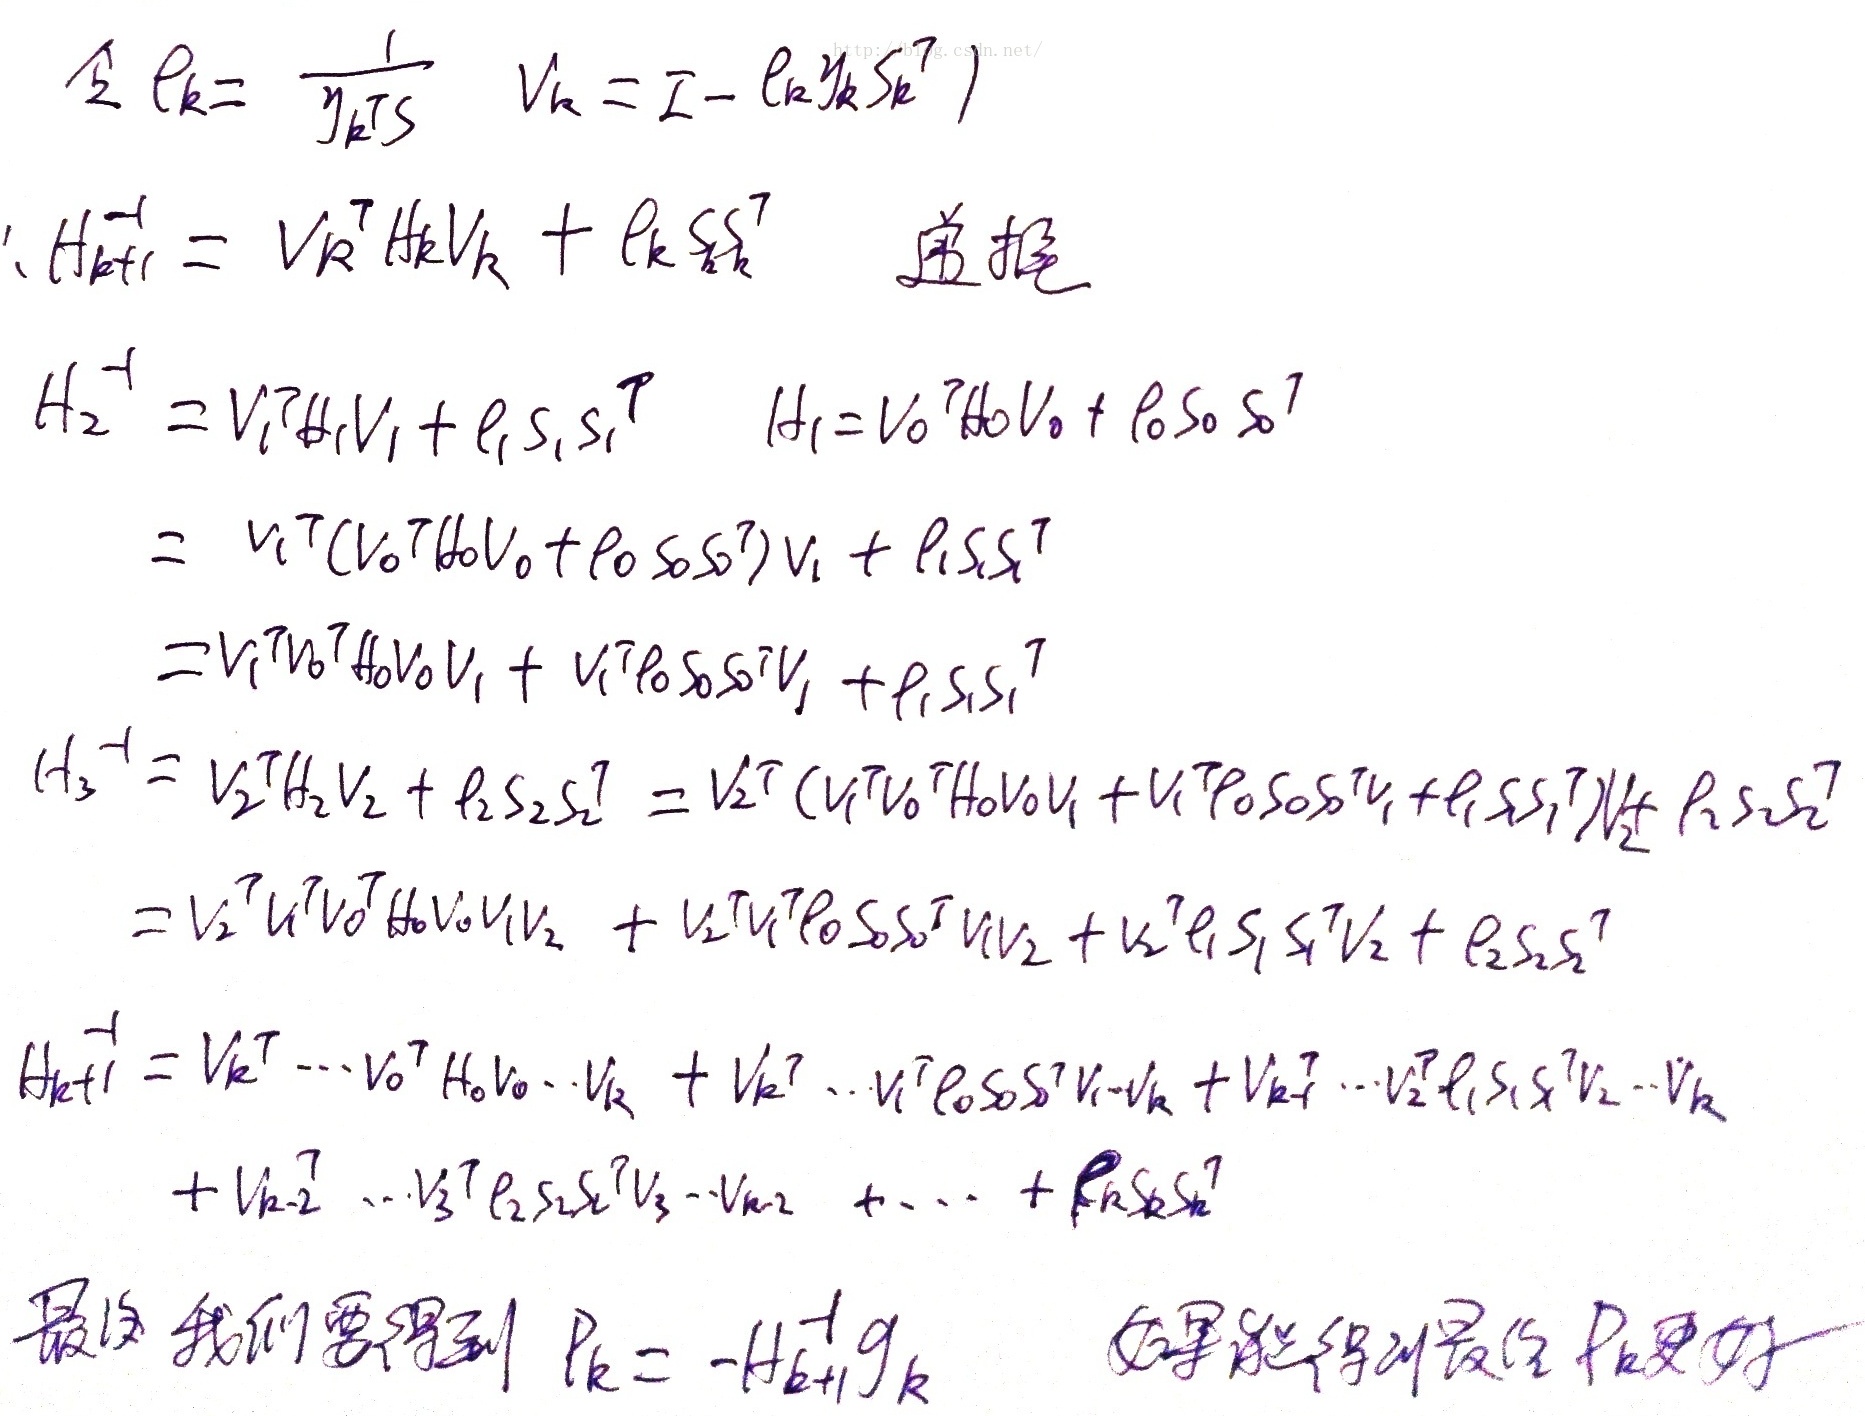
最后我们要得到 \(\rho_{k}=-H_{k + 1}^{-1}g_{k}\)，如果能得到最终 \(\rho_{k}\) 更好。
\[
\begin{align*}
\rho_{k}&=\frac{1}{y_{k}^{\top}S}\\
V_{k}&=I - \rho_{k}y_{k}S_{k}^{\top}\\
H_{k + 1}^{-1}&=V_{k}^{\top}H_{k}V_{k}+\rho_{k}S_{k}S_{k}^{\top}\quad\text{(递推)}\\
H_{2}^{-1}&=V_{1}^{\top}H_{1}V_{1}+\rho_{1}S_{1}S_{1}^{\top},\quad H_{1}=V_{0}^{\top}H_{0}V_{0}+\rho_{0}S_{0}S_{0}^{\top}\\
&=V_{1}^{\top}(V_{0}^{\top}H_{0}V_{0}+\rho_{0}S_{0}S_{0}^{\top})V_{1}+\rho_{1}S_{1}S_{1}^{\top}\\
&=V_{1}^{\top}V_{0}^{\top}H_{0}V_{0}V_{1}+V_{1}^{\top}\rho_{0}S_{0}S_{0}^{\top}V_{1}+\rho_{1}S_{1}S_{1}^{\top}\\
H_{3}^{-1}&=V_{2}^{\top}H_{2}V_{2}+\rho_{2}S_{2}S_{2}^{\top}=V_{2}^{\top}(V_{1}^{\top}V_{0}^{\top}H_{0}V_{0}V_{1}+V_{1}^{\top}\rho_{0}S_{0}S_{0}^{\top}V_{1}+\rho_{1}S_{1}S_{1}^{\top})V_{2}+\rho_{2}S_{2}S_{2}^{\top}\\
&=V_{2}^{\top}V_{1}^{\top}V_{0}^{\top}H_{0}V_{0}V_{1}V_{2}+V_{2}^{\top}V_{1}^{\top}\rho_{0}S_{0}S_{0}^{\top}V_{1}V_{2}+V_{2}^{\top}\rho_{1}S_{1}S_{1}^{\top}V_{2}+\rho_{2}S_{2}S_{2}^{\top}\\
H_{k + 1}^{-1}&=V_{k}^{\top}\cdots V_{0}^{\top}H_{0}V_{0}\cdots V_{k}+V_{k}^{\top}\cdots V_{1}^{\top}\rho_{0}S_{0}S_{0}^{\top}V_{1}\cdots V_{k}+V_{k}^{\top}\cdots V_{2}^{\top}\rho_{1}S_{1}S_{1}^{\top}V_{2}\cdots V_{k}\\
&+V_{k - 2}^{\top}\cdots V_{3}^{\top}\rho_{2}S_{2}S_{2}^{\top}V_{3}\cdots V_{k - 2}+\cdots+\rho_{k}S_{k}S_{k}^{\top}
\end{align*}
\]